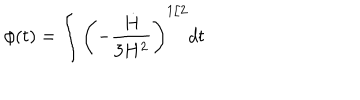
\phi ( t ) = \int { \left( - { { \frac { \dot { H } } { 3 H ^ { 2 } } } } \right) ^ { 1 / 2 } } d t